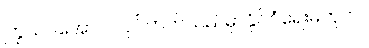
ကြွယ်ဝအောင် လုပ်တတ်သည်မှာနိုင်ငံရေးမဟုတ်။